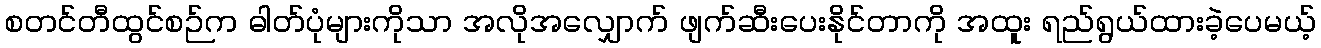
စတင်တီထွင်စဉ်က ဓါတ်ပုံများကိုသာ အလိုအလျှောက် ဖျက်ဆီးပေးနိုင်တာကို အထူး ရည်ရွယ်ထားခဲ့ပေမယ့်